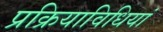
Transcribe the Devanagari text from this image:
प्रक्रियाविधियां